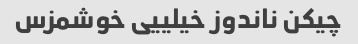
چیکن ناندوز خیلییی خوشمزس